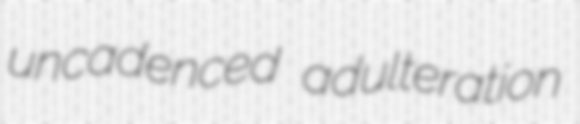
uncadenced adulteration